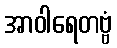
အာဝါရေတဗ္ဗံ